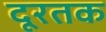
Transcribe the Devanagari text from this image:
दूरतक